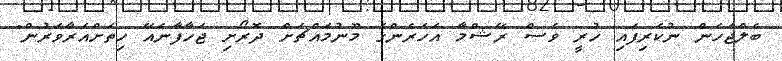
ބެލްޖަހަން ނުކެރިފައި ހުރީ ވެސް ރޭޝްމާ އަހަރެންގެ މޫނުމައްޗަށް ދޮރޯށި ޖަހާފާނެއޭ ހިތަށްއަރާވަރުން"